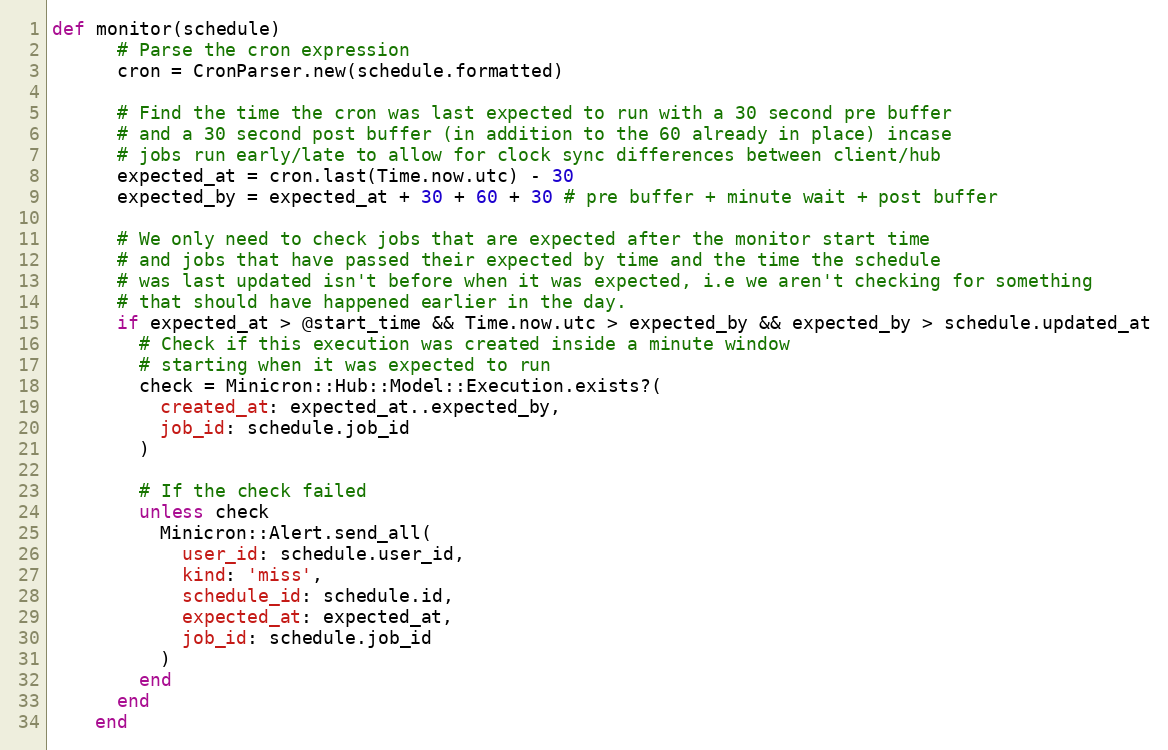
Language: Ruby
def monitor(schedule)
      # Parse the cron expression
      cron = CronParser.new(schedule.formatted)

      # Find the time the cron was last expected to run with a 30 second pre buffer
      # and a 30 second post buffer (in addition to the 60 already in place) incase
      # jobs run early/late to allow for clock sync differences between client/hub
      expected_at = cron.last(Time.now.utc) - 30
      expected_by = expected_at + 30 + 60 + 30 # pre buffer + minute wait + post buffer

      # We only need to check jobs that are expected after the monitor start time
      # and jobs that have passed their expected by time and the time the schedule
      # was last updated isn't before when it was expected, i.e we aren't checking for something
      # that should have happened earlier in the day.
      if expected_at > @start_time && Time.now.utc > expected_by && expected_by > schedule.updated_at
        # Check if this execution was created inside a minute window
        # starting when it was expected to run
        check = Minicron::Hub::Model::Execution.exists?(
          created_at: expected_at..expected_by,
          job_id: schedule.job_id
        )

        # If the check failed
        unless check
          Minicron::Alert.send_all(
            user_id: schedule.user_id,
            kind: 'miss',
            schedule_id: schedule.id,
            expected_at: expected_at,
            job_id: schedule.job_id
          )
        end
      end
    end